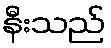
နီးသည်